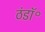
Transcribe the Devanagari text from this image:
ठंडॉ॰